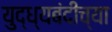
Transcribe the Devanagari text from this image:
युद्ध्यबंदीच्या